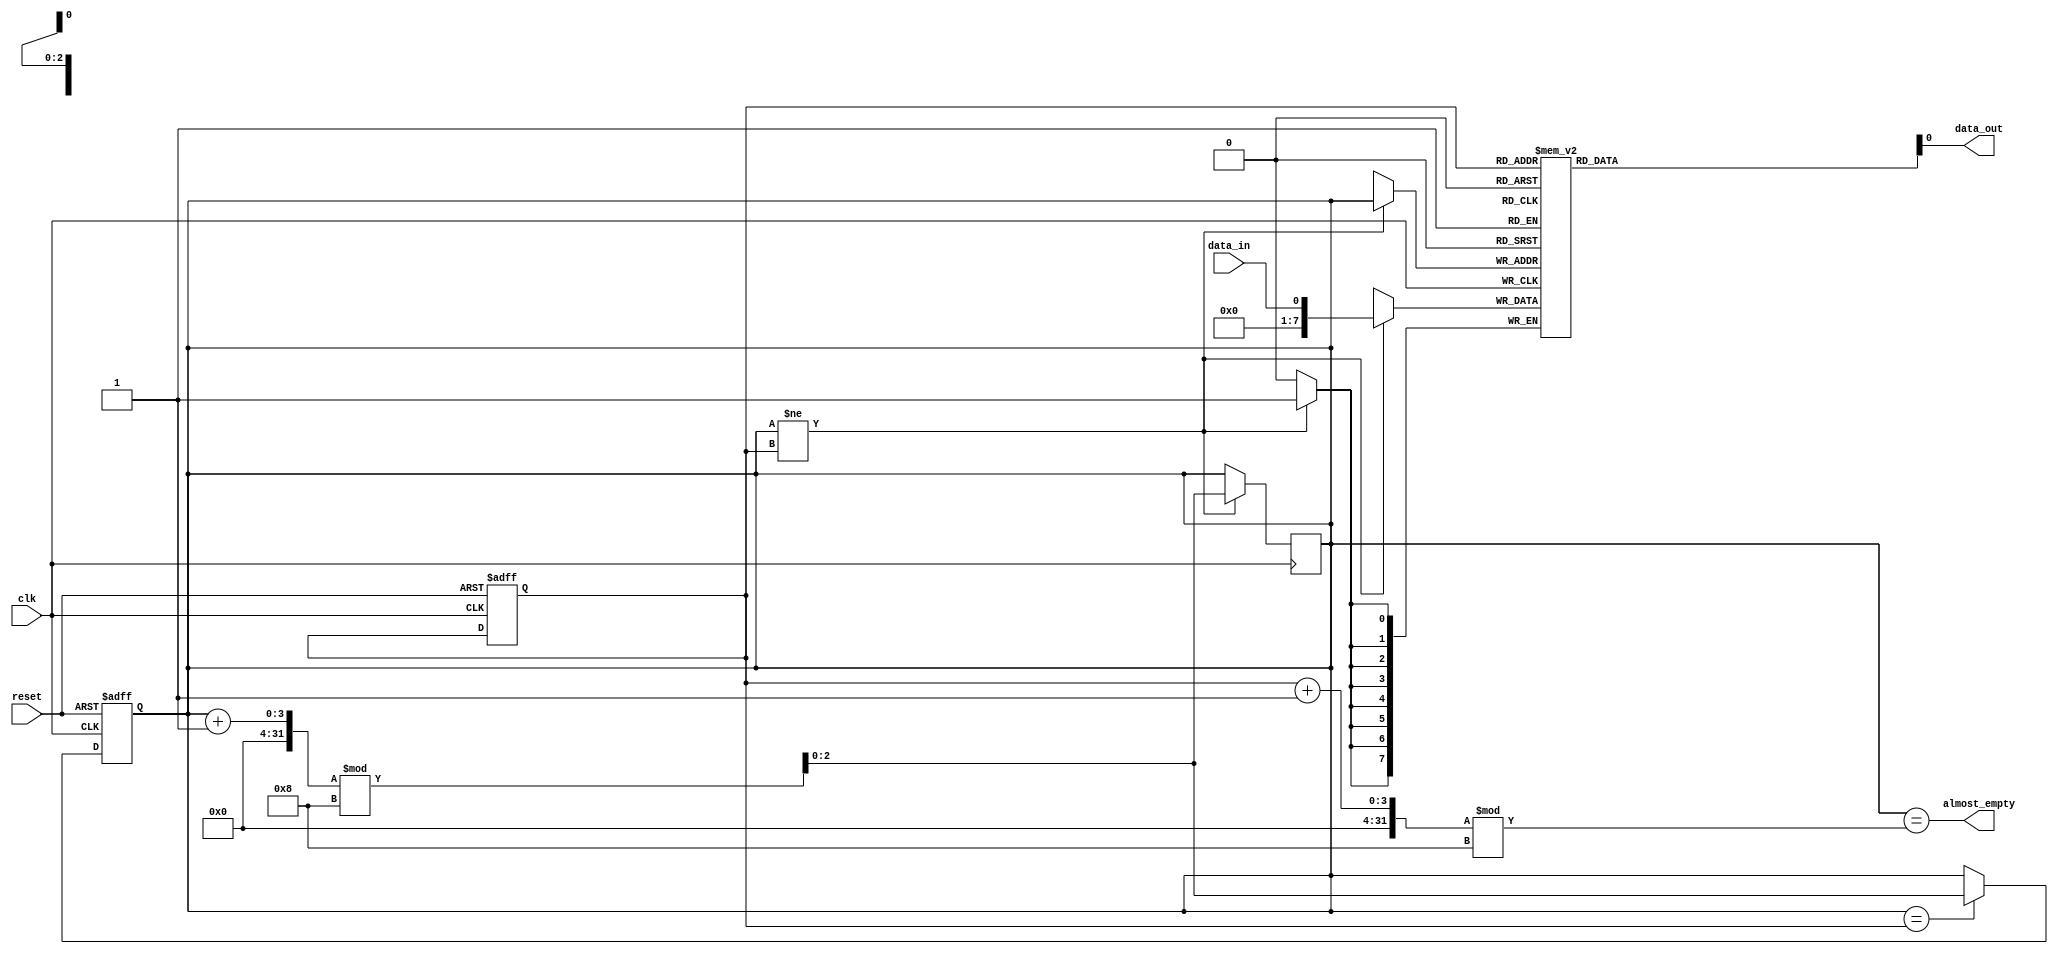
module almost_empty_fifo_buffer (
    input wire clk, // clock signal
    input wire reset, // reset signal
    input wire data_in, // input data signal
    output wire almost_empty, // almost-empty signal
    output wire data_out // output data signal
);

parameter FIFO_SIZE = 8; // define buffer size

reg [7:0] buffer [0:FIFO_SIZE-1]; // declare buffer array

reg [2:0] ptr_in = 0; // input pointer
reg [2:0] ptr_out = 0; // output pointer

always @(posedge clk or posedge reset) begin
    if (reset) begin
        ptr_in <= 0;
        ptr_out <= 0;
    end else begin
        if (ptr_in == ptr_out) begin
            ptr_in <= (ptr_in + 1) % FIFO_SIZE;
        end
    end
end

assign data_out = buffer[ptr_out]; // output data is read from buffer
assign almost_empty = (ptr_in == ((ptr_out + 1) % FIFO_SIZE)); // check if buffer is almost-empty

always @(posedge clk) begin
    if (ptr_in != ptr_out) begin
        buffer[ptr_in] <= data_in; // write input data to buffer
        ptr_in <= (ptr_in + 1) % FIFO_SIZE; // update input pointer
    end
end

endmodule